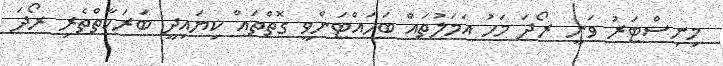
މިނިސްޓަރު ވަނީ ރޯދަ މަހު އަމަލުތައް ބަހައްޓަންވީ ގޮތްތައް ކިޔައިދީ ބަރަކާތްތެރި ރޯދަ